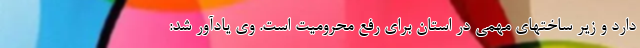
دارد و زیر ساختهای مهمی در استان برای رفع محرومیت است. وی یادآور شد: